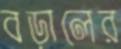
বড়ালের